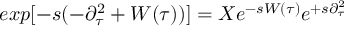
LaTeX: e x p [ - s ( - \partial _ { \tau } ^ { 2 } + W ( \tau ) ) ] = X e ^ { - s W ( \tau ) } e ^ { + s \partial _ { \tau } ^ { 2 } }